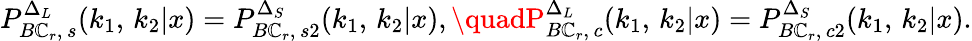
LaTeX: P_{B\mathbb{C}_{r},\, s}^{\Delta_{L}}(k_{1},\, k_{2}|x)=P_{B\mathbb{C}_{r},\, s2}^{\Delta_{S}}(k_{1},\, k_{2}|x),\quadP_{B\mathbb{C}_{r},\, c}^{\Delta_{L}}(k_{1},\, k_{2}|x)=P_{B\mathbb{C}_{r},\, c2}^{\Delta_{S}}(k_{1},\, k_{2}|x).